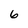
Character: 6